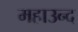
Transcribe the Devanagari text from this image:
महाउन्द